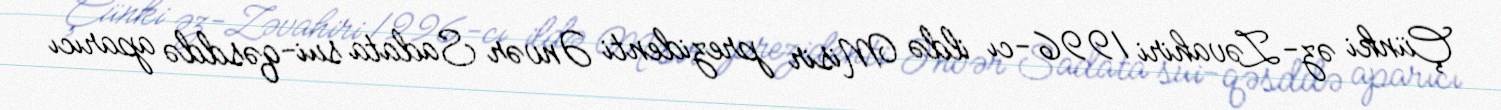
Çünki əz-Zəvahiri 1996-cı ildə Misir prezidenti Ənvər Sadata sui-qəsddə aparıcı